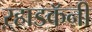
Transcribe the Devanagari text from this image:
ऱ्हाडकॅनी